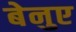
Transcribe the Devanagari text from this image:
बेनुए